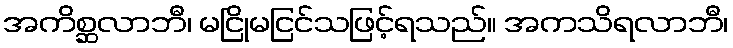
အကိစ္ဆလာဘီ၊ မငြိုမငြင်သဖြင့်ရသည်။ အကသိရလာဘီ၊